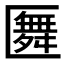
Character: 𠥢